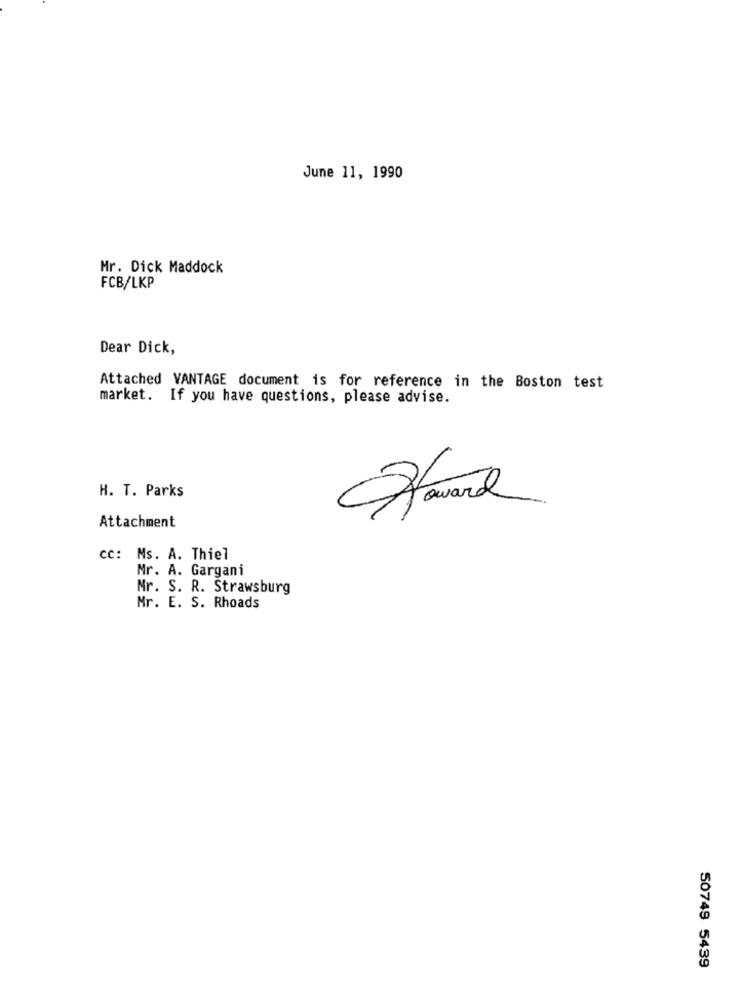
June 11, 1990
Mr. Dick Maddock
FCB/LKP
Dear Dick,
Attached VANTAGE document is for reference in the Boston test
market. If you have questions, please advise.
H. T. Parks
Howard
Attachment
cc: Ms. A. Thiel
Mr. A. Gargani
Mr. S. R. Strawsburg
Mr. E. S. Rhoads
50749 5439